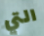
التي